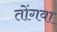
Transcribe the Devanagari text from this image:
तोंगवा